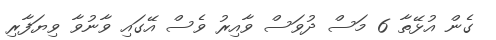
ގެން އުޅޭތާ 6 މަސް ދުވަސް ވާއިރު ވެސް އޭގައި ވާނުވާ ވިޔަފާރި